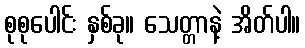
စုစုပေါင်း နှစ်ခု။ သေတ္တာနဲ့ အိတ်ပါ။